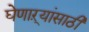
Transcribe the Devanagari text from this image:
घेणाऱ्यांसाठी